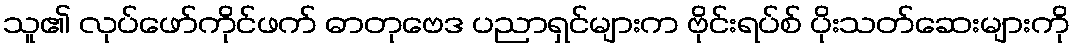
သူ၏ လုပ်ဖော်ကိုင်ဖက် ဓာတုဗေဒ ပညာရှင်များက ဗိုင်းရပ်စ် ပိုးသတ်ဆေးများကို